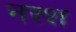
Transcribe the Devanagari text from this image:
नरश